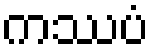
ကဿပံ